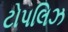
ટોપલિઝ